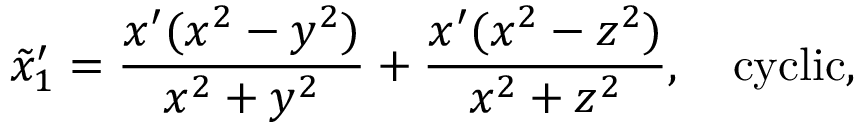
\tilde { x } _ { 1 } ^ { \prime } = \frac { x ^ { \prime } ( x ^ { 2 } - y ^ { 2 } ) } { x ^ { 2 } + y ^ { 2 } } + \frac { x ^ { \prime } ( x ^ { 2 } - z ^ { 2 } ) } { x ^ { 2 } + z ^ { 2 } } , \ \ \ \mathrm { c y c l i c } ,